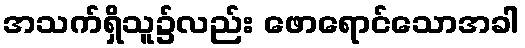
အသက်ရှိသူ၌လည်း ဖောရောင်သောအခါ